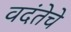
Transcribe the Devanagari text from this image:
वदंतेचे